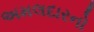
અમલદારનો